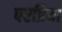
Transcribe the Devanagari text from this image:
परप्रिया